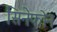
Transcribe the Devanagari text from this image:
सिनेफोन